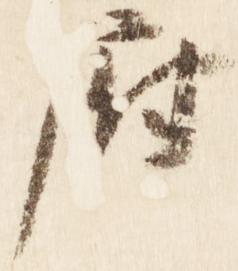
府